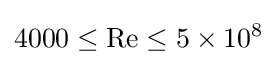
4000\leq \mathrm {Re} \leq 5\times 10^{8}